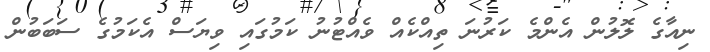
ނިއާގެ ލޮލުން އެންމެ ކަރުނަ ތިއްކެއް ވެއްޓުނު ކަމުގައި ވިޔަސް އެކަމުގެ ސަބަބުން